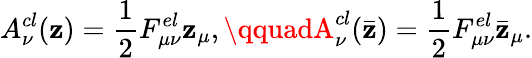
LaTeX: A_{\nu}^{cl}(\mathbf{z})=\frac{1}{2}F_{\mu\nu}^{el}\mathbf{z}_{\mu},\qquadA_{\nu}^{cl}(\bar{{\mathbf{z}}})=\frac{1}{2}F_{\mu\nu}^{el}\bar{{\mathbf{z}}}_{\mu}.